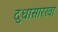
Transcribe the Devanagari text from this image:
दुधासारखा